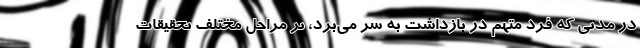
در مدتی که فرد متهم در بازداشت به سر می‌برد، بر مراحل مختلف تحقیقات